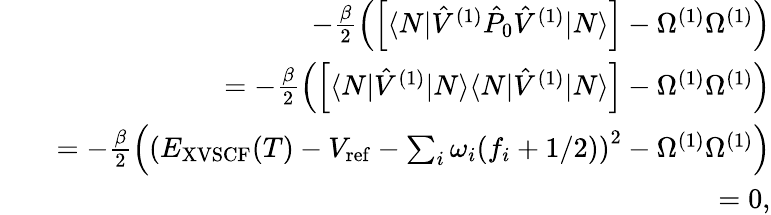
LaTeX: \begin{array}{rlr}&{}&{-\frac{\beta}{2}\left(\Big[\langle N|\hat{V}^{(1)}\hat{P}_{0}\hat{V}^{(1)}|N\rangle\Big]-\Omega^{(1)}\Omega^{(1)}\right)}\\ &{}&{=-\frac{\beta}{2}\left(\Big[\langle N|\hat{V}^{(1)}|N\rangle\langle N|\hat{V}^{(1)}|N\rangle\Big]-\Omega^{(1)}\Omega^{(1)}\right)}\\ &{}&{=-\frac{\beta}{2}\left(\left(E_{\mathrm{XVSCF}}(T)-V_{\mathrm{ref}}-\sum_{i}\omega_{i}(f_{i}+1/2)\right)^{2}-\Omega^{(1)}\Omega^{(1)}\right)}\\ &{}&{=0,}\end{array}